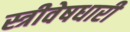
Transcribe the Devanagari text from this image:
स्त्रीवेषधारी